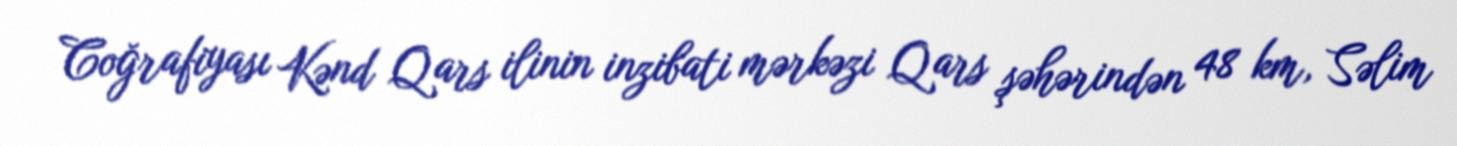
Coğrafiyası Kənd Qars ilinin inzibati mərkəzi Qars şəhərindən 48 km, Səlim